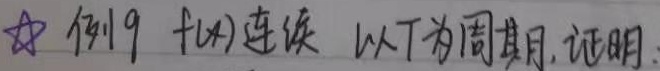
★ 例19 \(f(x)\)连续，以\(T\)为周期，证明：